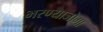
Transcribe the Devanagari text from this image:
भरण्याजोगा